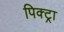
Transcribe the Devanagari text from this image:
पिक्ट्रा